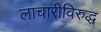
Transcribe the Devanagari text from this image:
लाचारीविरुद्ध